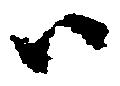
ハ